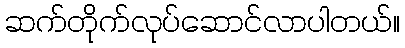
ဆက်တိုက်လုပ်ဆောင်လာပါတယ်။